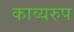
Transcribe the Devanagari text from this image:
काव्यरुप